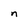
Character: n